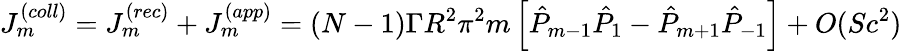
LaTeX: J_{m}^{(coll)}=J_{m}^{(rec)}+J_{m}^{(app)}=(N-1)\Gamma R^{2}\pi^{2}m\left[\hat{P}_{m-1}\hat{P}_{1}-\hat{P}_{m+1}\hat{P}_{-1}\right]+O(Sc^{2})